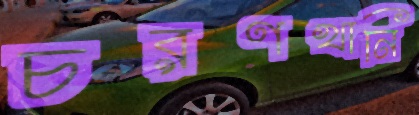
চরণখানি